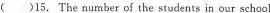
( ）15. The number of the students in our schaol